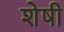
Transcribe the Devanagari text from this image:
शेषी